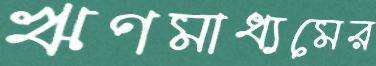
ঋণমাধ্যমের